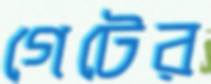
গেটের